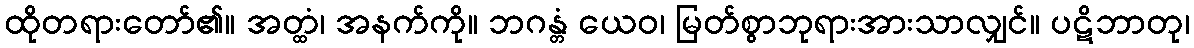
ထိုတရားတော်၏။ အတ္ထံ၊ အနက်ကို။ ဘဂန္တံ ယေဝ၊ မြတ်စွာဘုရားအားသာလျှင်။ ပဋိဘာတု၊